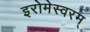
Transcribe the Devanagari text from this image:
इरोमेस्वरम्